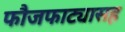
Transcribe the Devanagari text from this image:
फौजफाट्यासह